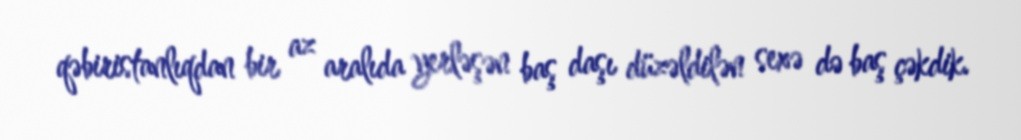
qəbiristanlıqdan bir az aralıda yerləşən baş daşı düzəldilən sexə də baş çəkdik.